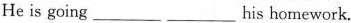
He is going ___ ___ his homework.